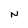
Character: N